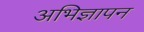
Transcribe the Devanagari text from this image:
अभिज्ञापन